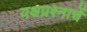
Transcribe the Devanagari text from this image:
यक्षप्रश्नाचें